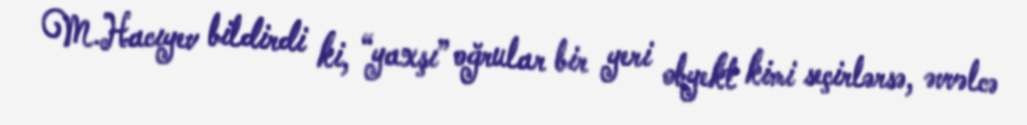
M.Hacıyev bildirdi ki, “yaxşı” oğrular bir yeri obyekt kimi seçirlərsə, əvvəlcə